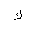
Letter: _kaf